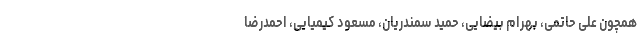
همچون علی حاتمی، بهرام بیضایی، حمید سمندریان، مسعود کیمیایی، احمدرضا